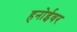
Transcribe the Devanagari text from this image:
हनोईवर